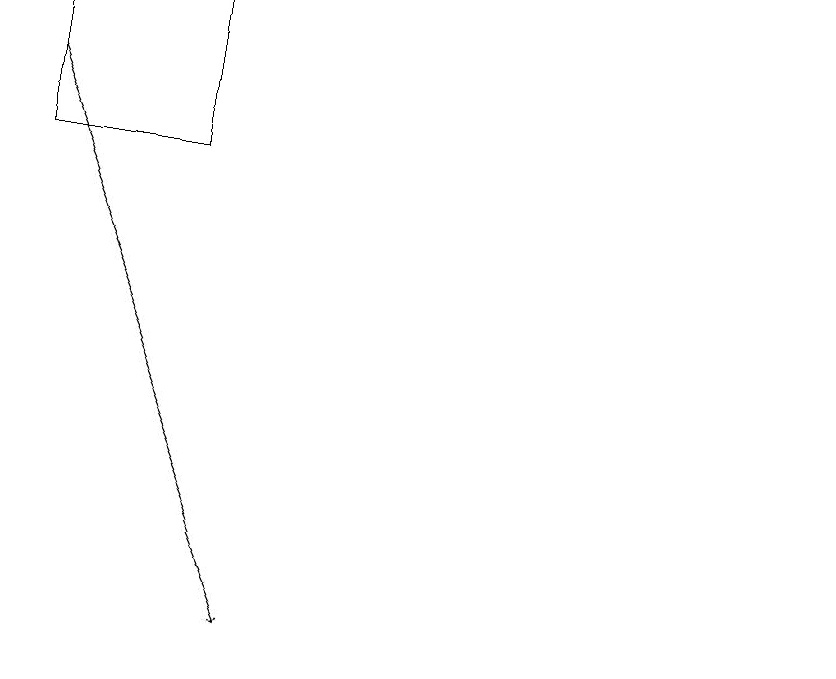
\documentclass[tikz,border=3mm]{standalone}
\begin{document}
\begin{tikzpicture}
\draw (12,11) circle (0);
\draw (4,18) rectangle (2,16);
\draw[->] (2,17) -- (5,10);
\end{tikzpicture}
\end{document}